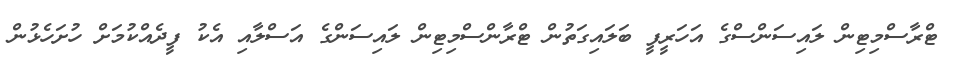
ޓްރާސްމިޓިން ލައިސަންސްގެ އަހަރީފީ ބަލައިގަތުން ޓްރާންސްމިޓިން ލައިސަންގެ އަސްލާއި އެކު ފީދެއްކުމަށް ހުށަހެޅުން